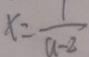
x = \frac { 1 } { a - 2 }